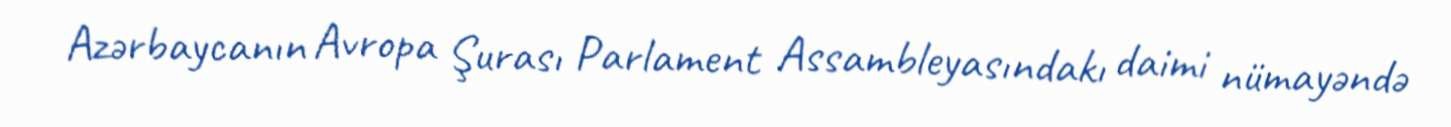
Azərbaycanın Avropa Şurası Parlament Assambleyasındakı daimi nümayəndə